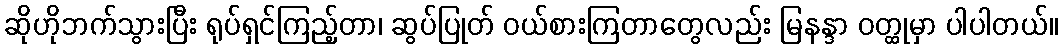
ဆိုဟိုဘက်သွားပြီး ရုပ်ရှင်ကြည့်တာ၊ ဆွပ်ပြုတ် ဝယ်စားကြတာတွေလည်း မြနန္ဒာ ဝတ္ထုမှာ ပါပါတယ်။